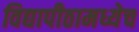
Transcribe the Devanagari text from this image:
विद्यापीठामध्येच